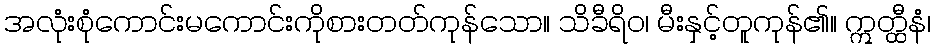
အလုံးစုံကောင်းမကောင်းကိုစားတတ်ကုန်သော။ သိခီရိဝ၊ မီးနှင့်တူကုန်၏။ ဣတ္ထီနံ၊